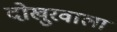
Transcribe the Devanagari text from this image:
दोखुरवाला